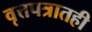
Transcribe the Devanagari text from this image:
वृत्तपत्रातही